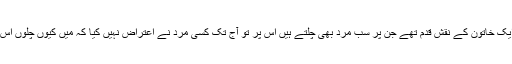
وہ بھی تو ایک خاتون کے نقش قدم تھے جن پر سب مرد بھی چلتے ہیں اس پر تو آج تک کسی مرد نے اعتراض نہیں کیا کہ میں کیوں چلوں اس راستے پہ۔